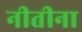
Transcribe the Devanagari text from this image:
नीतीना